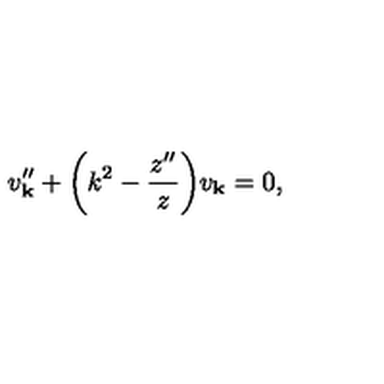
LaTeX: v _ { \bf k } ^ { \prime \prime } + \biggl ( k ^ { 2 } - { \frac { z ^ { \prime \prime } } { z } } \biggr ) v _ { \bf k } = 0 ,